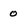
Character: 0